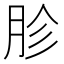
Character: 胗